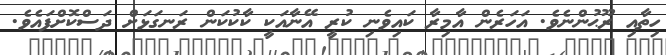
ހިތާއި ރޫޙުންނެވެ. އަހަރެން އާމިރާ ކައިވެނި ކުރީ އޭނާއަކީ ކާކުކަން ރަނގަޅަށް ދަސްކޮށްފައެވެ.